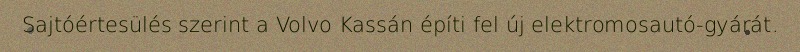
Sajtóértesülés szerint a Volvo Kassán építi fel új elektromosautó-gyárát.